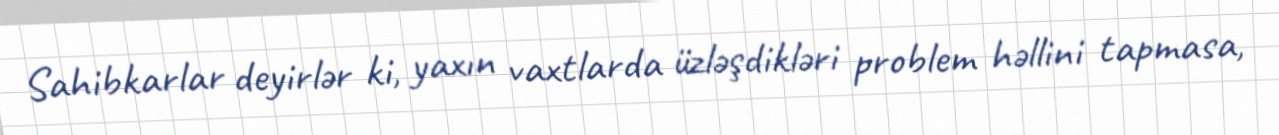
Sahibkarlar deyirlər ki, yaxın vaxtlarda üzləşdikləri problem həllini tapmasa,